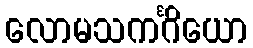
လောမသကင်္ဂိယော